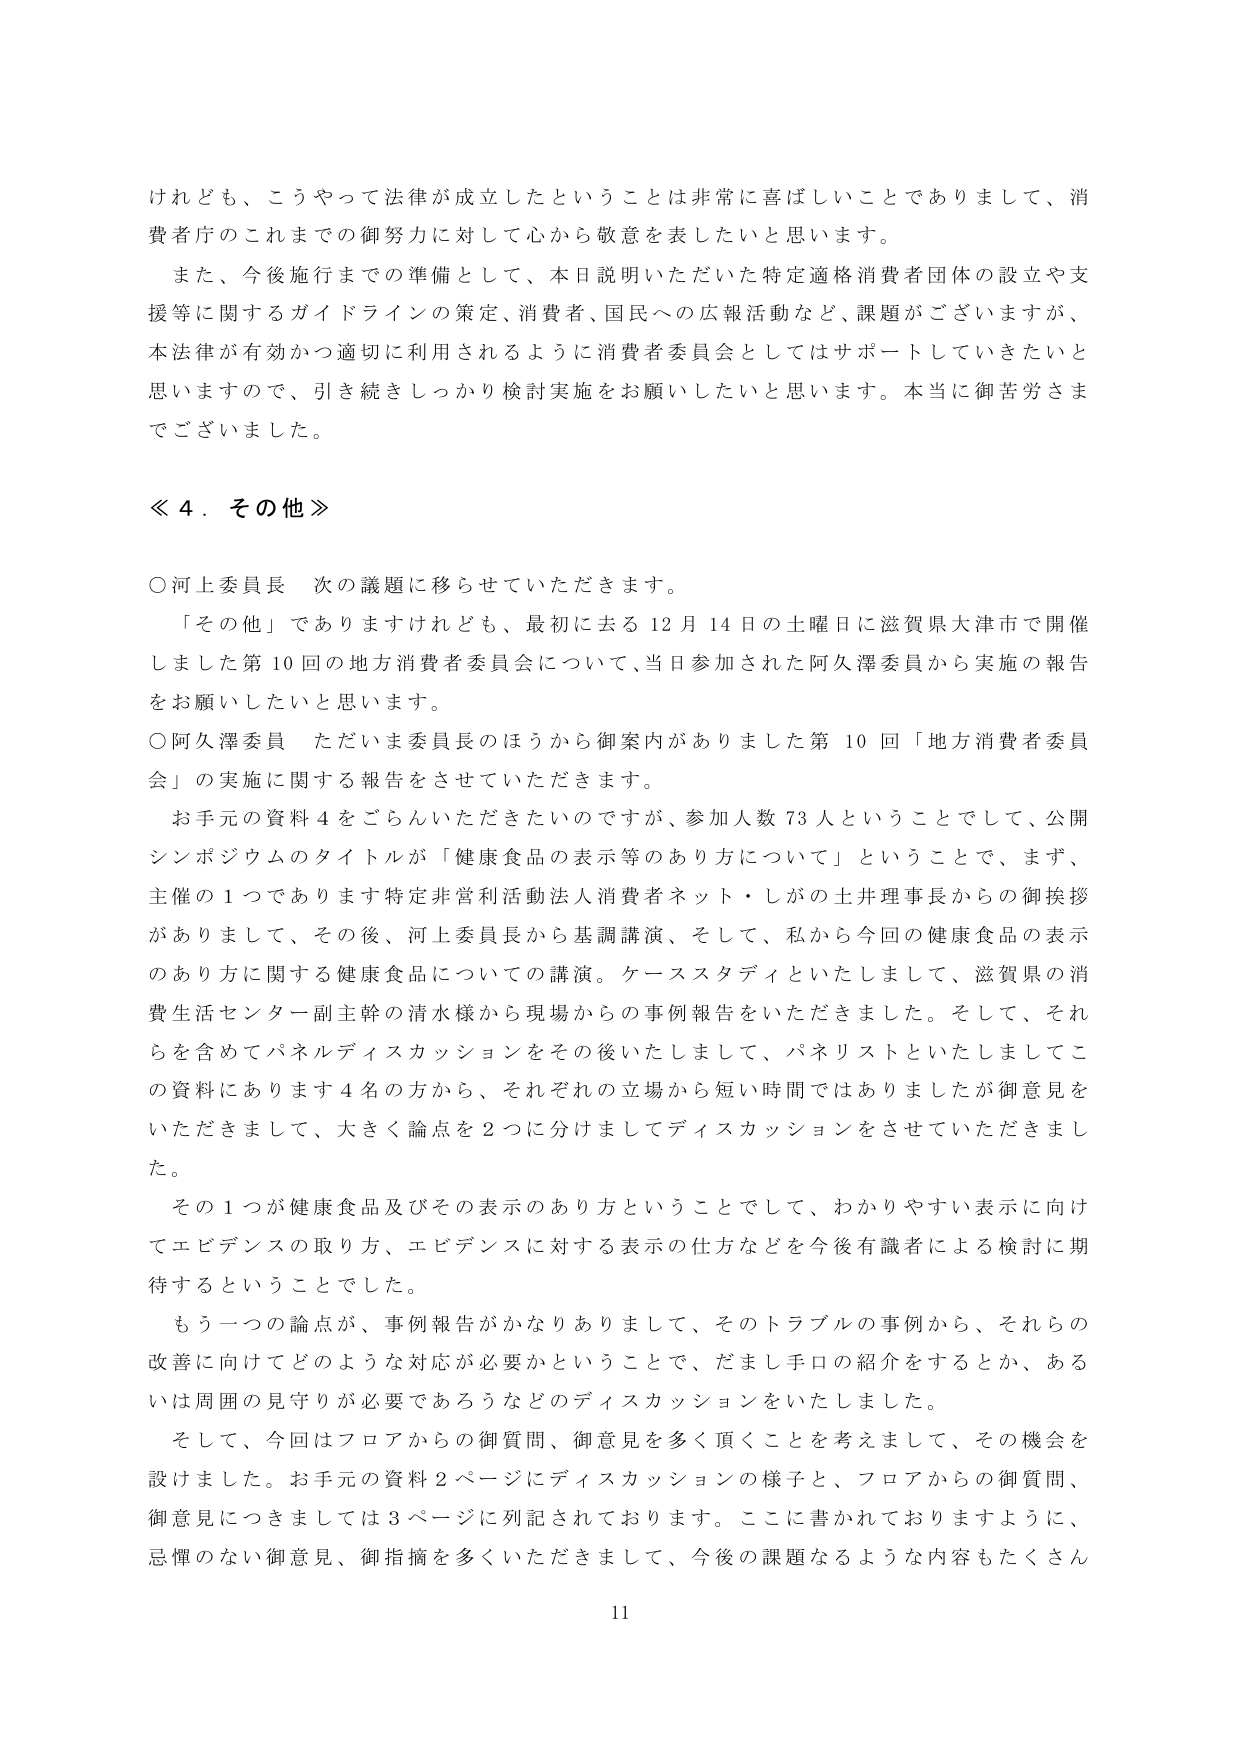
けれども、こうやって法律が成立したということは非常に喜ばしいことでありまして、消費者庁のこれまでの御努力に対して心から敬意を表したいと思います。

また、今後施行までの準備として、本日説明いただいた特定適格消費者団体の設立や支援等に関するガイドラインの策定、消費者、国民への広報活動など、課題がございますが、本法律が有効かつ適切に利用されるように消費者委員会としてはサポートしていきたいと思いますので、引き続きしっかり検討実施をお願いしたいと思います。本当に御苦労さまでございました。

≪４．その他≫

○河上委員長　次の議題に移らせていただきます。

「その他」でありますけれども、最初に去る12月14日の土曜日に滋賀県大津市で開催しました第10回の地方消費者委員会について、当日参加された阿久澤委員から実施の報告をお願いしたいと思います。

○阿久澤委員　ただいま委員長のほうから御案内がありました第10回「地方消費者委員会」の実施に関する報告をさせていただきます。

お手元の資料4をごらんいただきたいのですが、参加人数73人ということでして、公開シンポジウムのタイトルが「健康食品の表示等のあり方について」ということで、まず、主催の1つであります特定非営利活動法人消費者ネット・しがの土井理事長からの御挨拶がありましたして、その後、河上委員長から基調講演、そして、私から今回の健康食品の表示のあり方に関する健康食品についての講演。ケーススタディといたしまして、滋賀県の消費生活センター副主幹の清水様から現場からの事例報告をいただきました。そして、それらを含めてパネルディスカッションをその後いたしまして、パネリストといたしましてこの資料にあります4名の方から、それぞれの立場から短い時間ではありましたが御意見をいただきまして、大きく論点を2つに分けましてディスカッションをさせていただきました。

その1つが健康食品及びその表示のあり方ということでして、わかりやすい表示に向けてエビデンスの取り方、エビデンスに対する表示の仕方などを今後有識者による検討に期待するということでした。

もう一つの論点が、事例報告がかなりありまして、そのトラブルの事例から、それらの改善に向けてどのような対応が必要かということで、だまし手口の紹介をするとか、あるいは周囲の見守りが必要であろうなどのディスカッションをいたしました。

そして、今回はフロアからの御質問、御意見を多く頂くことを考えまして、その機会を設けました。お手元の資料2ページにディスカッションの様子と、フロアからの御質問、御意見につきましては3ページに別記されております。ここに書かれておりますように、忌憚のない御意見、御指摘を多くいただきまして、今後の課題なるような内容もたくさん

11